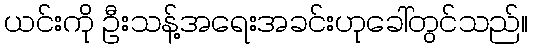
ယင်းကို ဦးသန့်အရေးအခင်းဟုခေါ်တွင်သည်။